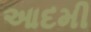
આદમી